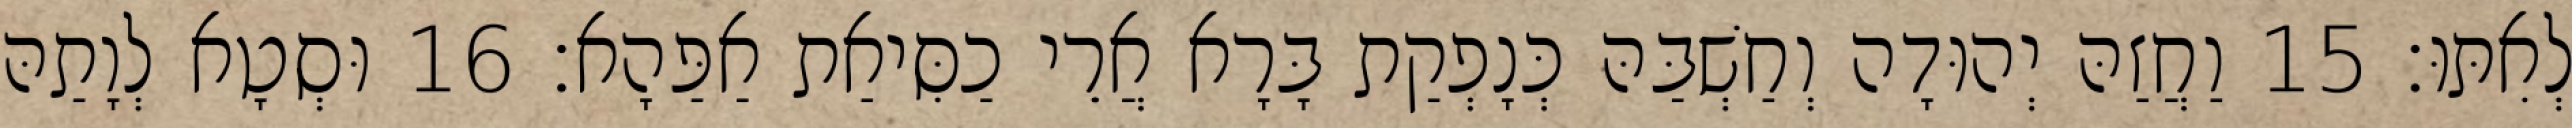
לְאִתּוּ׃ 15 וַחֲזַהּ יְהוּדָה וְחַשְׁבַּהּ כְּנָפְקַת בָּרָא אֲרֵי כַסִּיאַת אַפַּהָא׃ 16 וּסְטָא לְוָתַהּ